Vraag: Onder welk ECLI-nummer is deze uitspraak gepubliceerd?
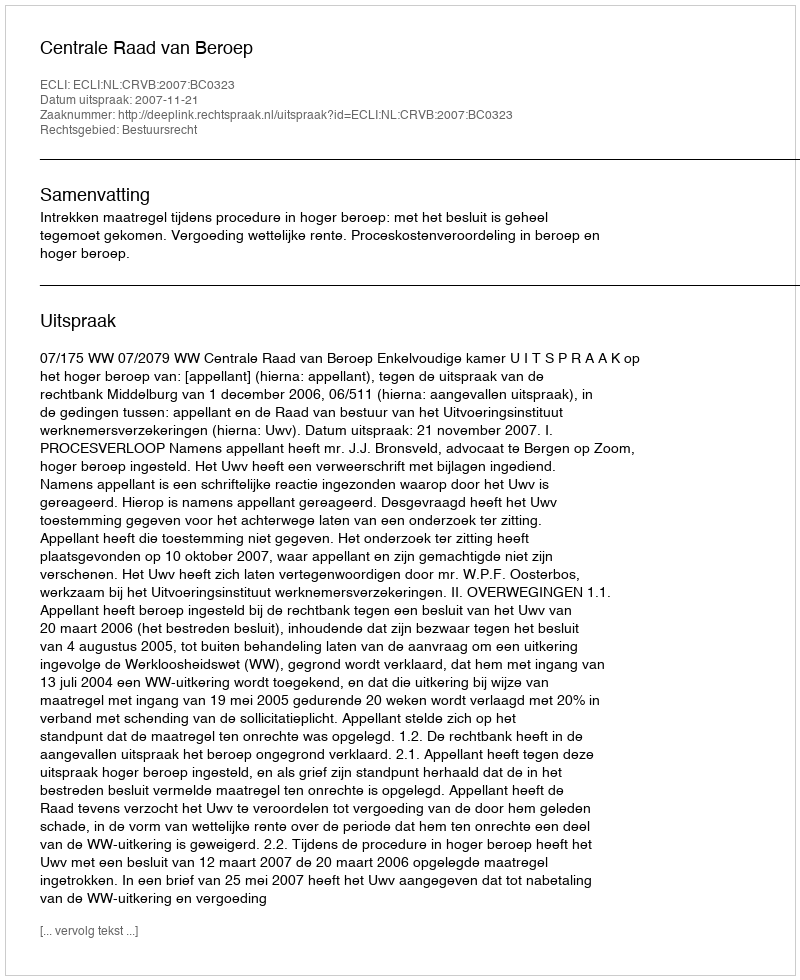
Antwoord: ECLI:NL:CRVB:2007:BC0323